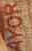
AYOR